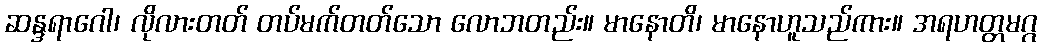
ဆန္ဒရာဂေါ၊ လိုလားတတ် တပ်မက်တတ်သော လောဘတည်း။ မာနောတိ၊ မာနောဟူသည်ကား။ အရဟတ္တမဂ္ဂ